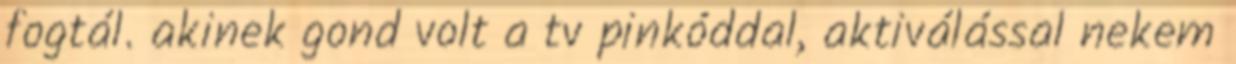
fogtál. akinek gond volt a tv pinkóddal, aktiválással nekem